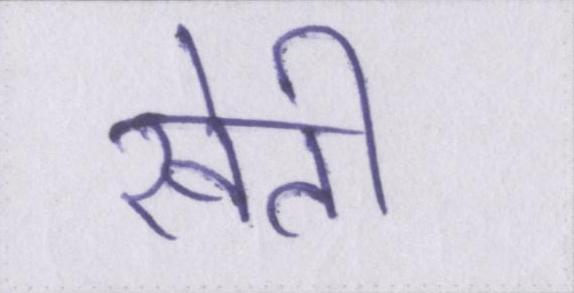
खेती